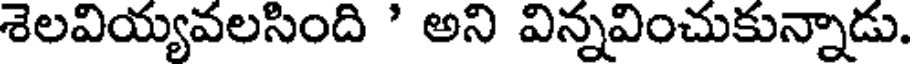
శెలవియ్యవలసింది ' అని విన్నవించుకున్నాడు.